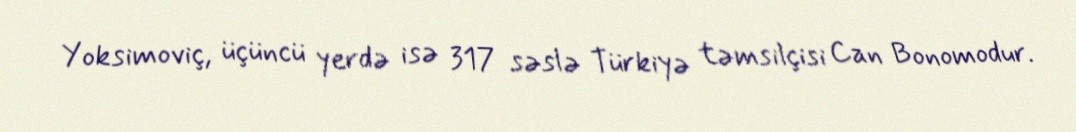
Yoksimoviç, üçüncü yerdə isə 317 səslə Türkiyə təmsilçisi Can Bonomodur.